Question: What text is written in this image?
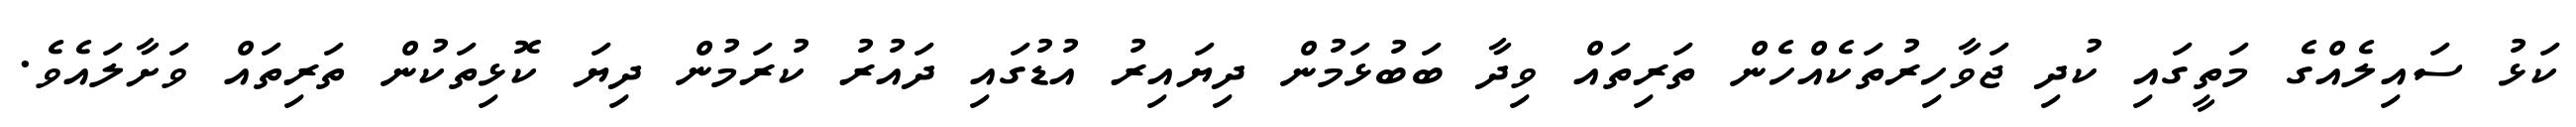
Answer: ކަޅު ސައިލެއްގެ މަތީގައި ކުދި ޖަވާހިރުތަކެއްހެން ތަރިތައް ވިދާ ބަބުޅަމުން ދިޔައިރު އުޑުގައި ދައުރު ކުރަމުން ދިޔަ ކޮޅިތަކުން ތަރިތައް ވަށާލައެވެ.